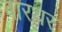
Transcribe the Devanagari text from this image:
बारथर